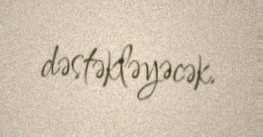
dəstəkləyəcək.